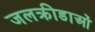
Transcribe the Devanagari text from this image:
जलक्रीडाओं